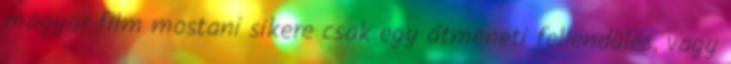
magyar film mostani sikere csak egy átmeneti fellendülés, vagy